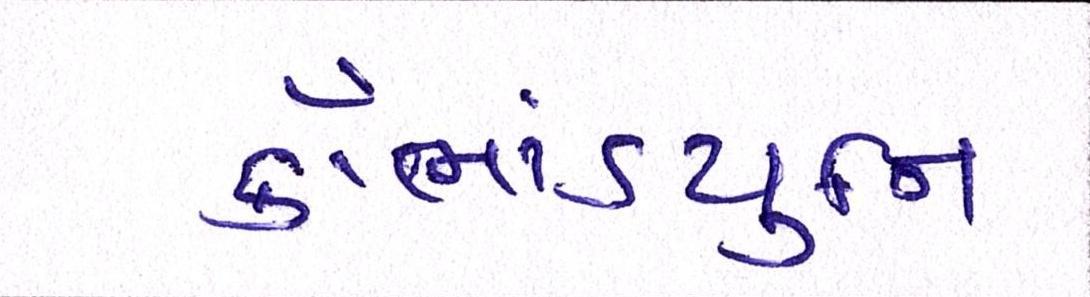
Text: કૌભાંડયુનિ